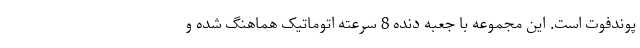
پوندفوت است. این مجموعه با جعبه دنده 8 سرعته اتوماتیک هماهنگ شده و